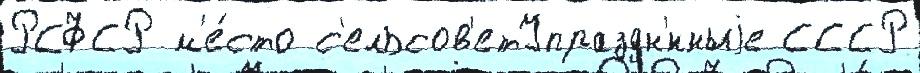
РСФСР м'е́сто с'ельсов'етУпраздн'́нныjе СССР